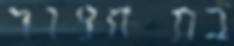
בת חצור